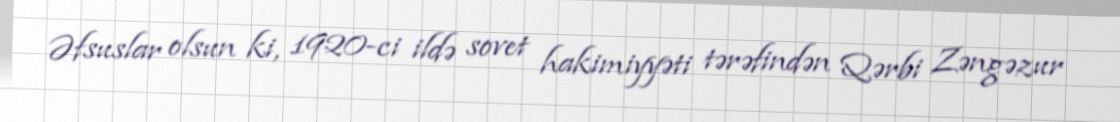
Əfsuslar olsun ki, 1920-ci ildə sovet hakimiyyəti tərəfindən Qərbi Zəngəzur